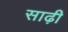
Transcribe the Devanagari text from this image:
साढ़ी